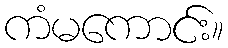
ကံမကောင်း။